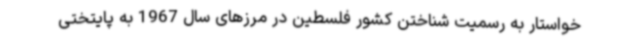
خواستار به رسمیت شناختن کشور فلسطین در مرزهای سال 1967 به پایتختی